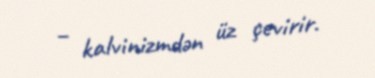
– kalvinizmdən üz çevirir.